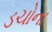
ડચોના